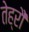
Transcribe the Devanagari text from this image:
तेह्रौं